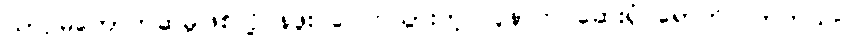
ယာဉ်မတော်တဆမှုဖြစ်လို့ နဖူး ပေါက်သွားတဲ့ လူနာက ဆေးရုံ ရောက် လာတယ်။